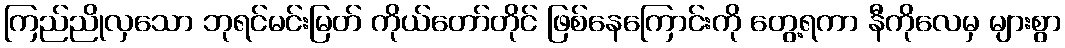
ကြည်ညိုလှသော ဘုရင်မင်းမြတ် ကိုယ်တော်တိုင် ဖြစ်နေကြောင်းကို တွေ့ရကာ နီကိုလေမှ များစွာ